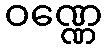
ဝဏ္ဏေ